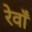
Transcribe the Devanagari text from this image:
रेवाँ